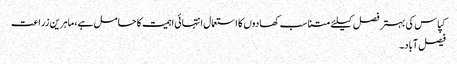
کپاس کی بہتر فصل کیلئے متناسب کھادوں کا استعمال انتہائی اہمیت کا حامل ہے،ماہرین زراعت
فیصل آباد۔